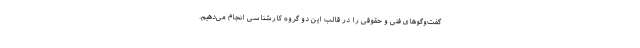
گفت‌وگوهای فنی و حقوقی را در قالب این دو گروه کارشناسی انجام می‌دهیم.